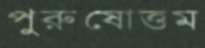
পুরুষোত্তম